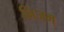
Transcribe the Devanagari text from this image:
निजम्